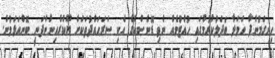
ހިނގަމުންދާ ހަމަލާ ބަދަލުކުރުމުގައި ހުއްޓުމެއް ނެތި ޑޮނެސްކްގެ އެކި ސަރަޙައްދުތަކަށް ޔޫކްރެއިނުންދަނީ ބޮންއަޅަމުން.